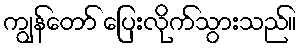
ကျွန်တော် ပြေးလိုက်သွားသည်။